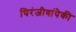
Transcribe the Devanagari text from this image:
चिरंजीवांपैकी